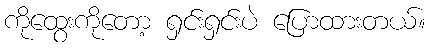
ကိုထွေးကိုတော့ ရှင်းရှင်းပဲ ပြောထားတယ်။